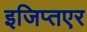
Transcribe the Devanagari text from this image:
इजिप्तएर